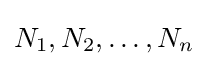
N_{1},N_{2},\ldots ,N_{n}